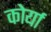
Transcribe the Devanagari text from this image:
कोर्या